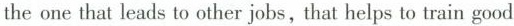
the one that leads to other jobs,that helps to train good